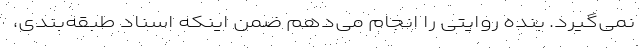
نمی‌گیرد. بنده روایتی را انجام می‌دهم ضمن اینکه اسناد طبقه‌بندی،